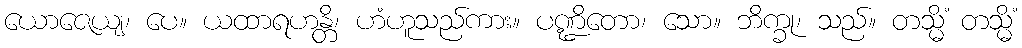
ယောဇေယျ၊ ပေ။ ယထာရဟန္တိ၊ ဟံဟူသည်ကား။ ပဏ္ဍိတော၊ သော။ ဘိက္ခု၊ သည်။ တသ္မိံ တသ္မိံ